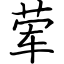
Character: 荤